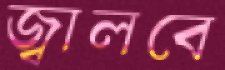
জ্বালবে